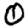
Digit: 0